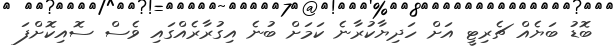
ބޮޑު ބަޔެއް ޗެރިޓީ އަށް ހަދިޔާކުރާނެ ކަމަށް ބުނެ އިގުރާރެއްގައި ވެސް ސޮއިކޮށްފަ